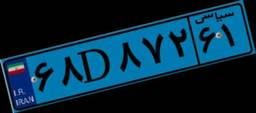
۶۸D۸۷۲۶۱